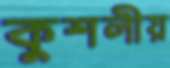
কুশলীয়